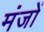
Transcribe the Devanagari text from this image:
मंजों